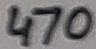
Text: 470